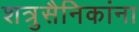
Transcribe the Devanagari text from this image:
शत्रुसैनिकांना